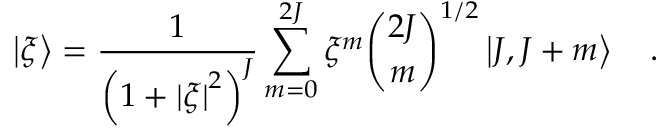
\left\vert { \xi } \right\rangle = { \frac { 1 } { \left( { 1 + { \vert \xi \vert } ^ { 2 } } \right) ^ { J } } } \sum _ { m = 0 } ^ { 2 J } \xi ^ { m } { \binom { 2 J } { m } } ^ { 1 / 2 } \left\vert { J , \- J + m } \right\rangle \quad .